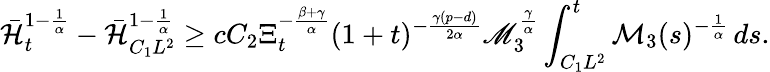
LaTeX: \bar{\mathcal{H}}_{t}^{1-\frac{1}{\alpha}}-\bar{\mathcal{H}}_{C_{1}L^{2}}^{1-\frac{1}{\alpha}}\geq cC_{2}\Xi_{t}^{-\frac{\beta+\gamma}{\alpha}}(1+t)^{-\frac{\gamma(p-d)}{2\alpha}}\mathscr{M}_{3}^{\frac{\gamma}{\alpha}}\int_{C_{1}L^{2}}^{t}\mathcal{M}_{3}(s)^{-\frac{1}{\alpha}}\, ds.